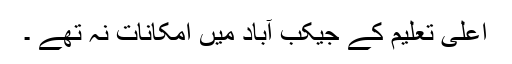
اعلیٰ تعلیم کے جیکب آباد میں امکانات نہ تھے ۔